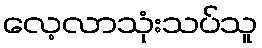
လေ့လာသုံးသပ်သူ